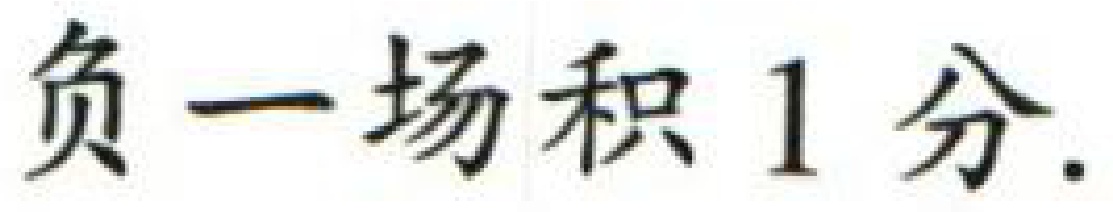
负一场积 1 分.